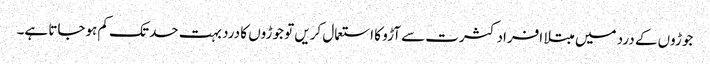
جوڑوں کے درد میں مبتلا افراد کثرت سے آڑو کا استعمال کریں تو جوڑوں کا درد بہت حد تک کم ہوجاتا ہے۔